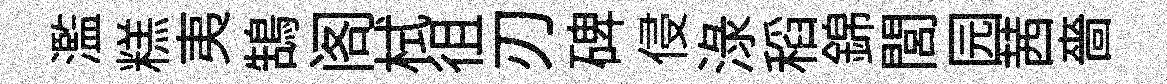
濫糕夷鵠阁栻徂刃碑侵渌稻錦閭园茜嗇